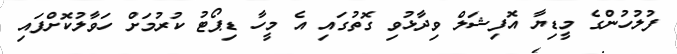
ފުލުހުންގެ މީޑިޔާ އޮފިޝަލް ވިދާޅުވި ގޮތުގައި އެ މީހާ ޑިޕޯޓު ކުރުމަށް ހަވާލުކޮށްފައި